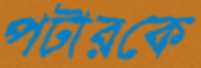
পটারকে